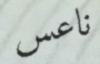
ناعس